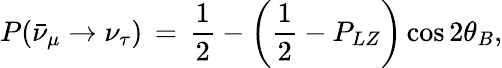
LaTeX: P(\bar{\nu}_{\mu}\rightarrow\nu_{\tau})\, =\, \frac{1}{2}-\left(\frac{1}{2}-P_{LZ}\right)\cos 2\theta_{B},